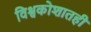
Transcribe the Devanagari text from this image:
विश्वकोशातही